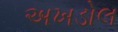
અખડોલ